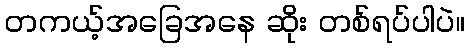
တကယ့်အခြေအနေ ဆိုး တစ်ရပ်ပါပဲ။